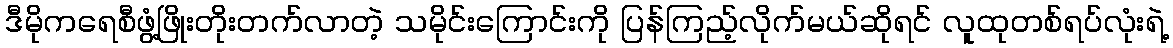
ဒီမိုကရေစီဖွံ့ဖြိုးတိုးတက်လာတဲ့ သမိုင်းကြောင်းကို ပြန်ကြည့်လိုက်မယ်ဆိုရင် လူထုတစ်ရပ်လုံးရဲ့